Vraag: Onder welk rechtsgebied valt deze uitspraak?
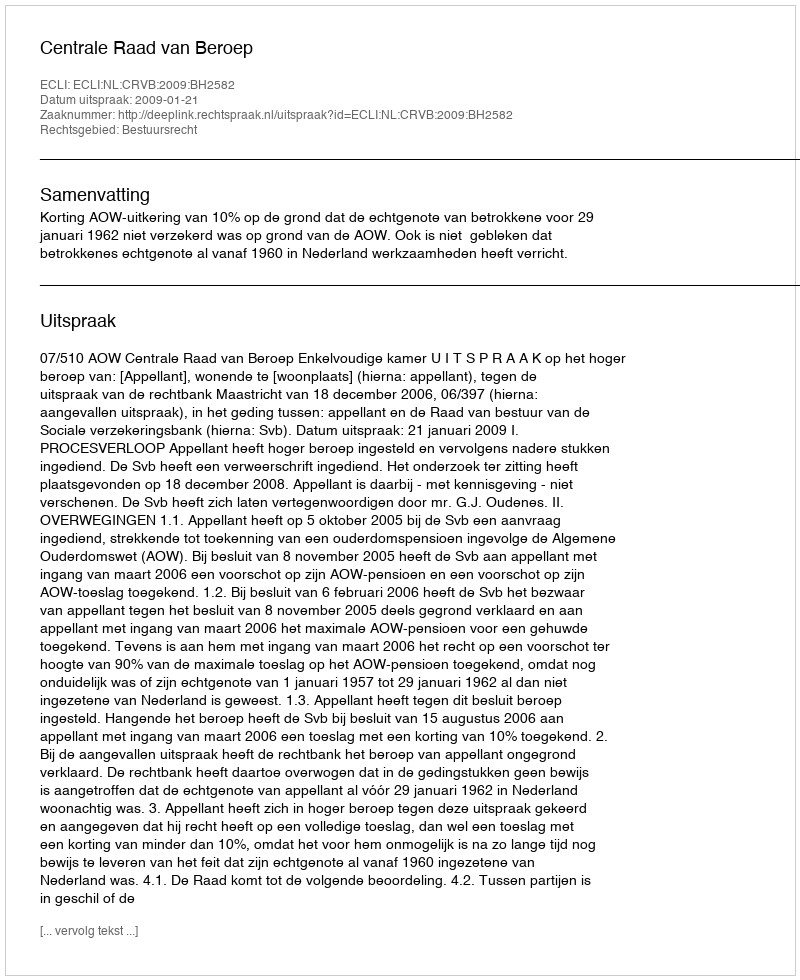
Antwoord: Bestuursrecht